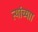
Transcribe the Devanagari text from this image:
त्यांच्याा